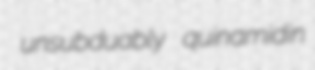
unsubduably quinamidin